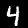
Label: 4